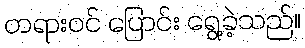
တရားဝင် ပြောင်း ရွေ့ခဲ့သည်။